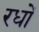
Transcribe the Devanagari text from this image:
रधों